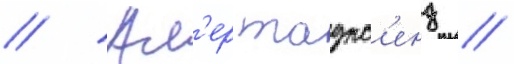
// Ал'ер таунс'енд /